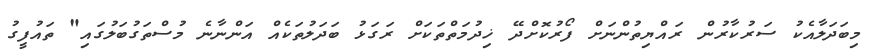
މިބަދަލާއެކު ސަރުކާރުން ރައްޔިތުންނަށް ފޯރުކޮށްދޭ ޚިދުމަތްތަކަށް ރަގަޅު ބަދަލުތަކެއް އަންނާނެ މުސްތަގުބަލުގައި" ތައުފީގު